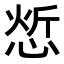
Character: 𢜦